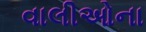
વાલીઓના